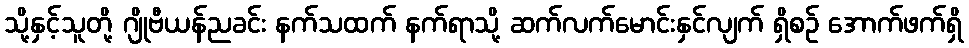
သို့နှင့်သူတို့ ဂျိုဗီယန်ညခင်း နက်သထက် နက်ရာသို့ ဆက်လက်မောင်းနှင်လျက် ရှိစဉ် အောက်ဖက်ရှိ